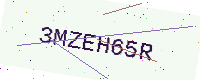
Text: 3MZEH65R